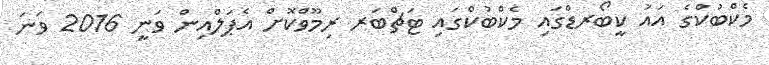
މެކްބުކްގެ އައު ކީބޯރޑްގައި މެކްބުކްގައި ޓަޗްބަރ ރިމޫވްކޮށް އެޕަލްއިން ވަނީ 2016 ވަނަ